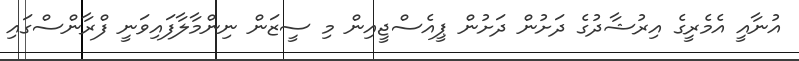
އުނާއީ އެމެރީގެ އިރުޝާދުގެ ދަށުން ދަށުން ޕީއެސްޖީއިން މި ސީޒަން ނިންމާލާފައިވަނީ ފްރާންސްގައި